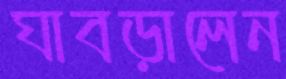
ঘাবড়ালেন